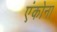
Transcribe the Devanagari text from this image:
एंकोना